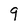
Character: q